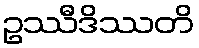
ဥဿီဒိဿတိ